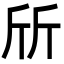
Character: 斦